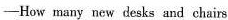
-How many ncw desks and chairs